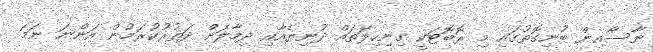
ނާސާއިން ބުނިގޮތުގައި މި ރޮބޮޓަކީ ގިނިހިލަތައް ދުނިޔެއާއި ދިމާލަށް ދަތުރުކުރަމުން އަންނަ ނަމަ